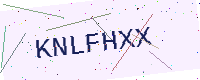
Text: KNLFHXX